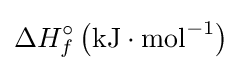
\Delta H_{f}^{\circ }\left(\mathrm {kJ\cdot mol} ^{-1}\right)